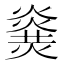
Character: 𤎫